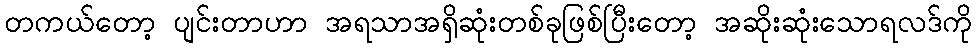
တကယ်တော့ ပျင်းတာဟာ အရသာအရှိဆုံးတစ်ခုဖြစ်ပြီးတော့ အဆိုးဆုံးသောရလဒ်ကို